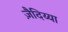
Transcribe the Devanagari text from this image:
ज़ैदिय्या